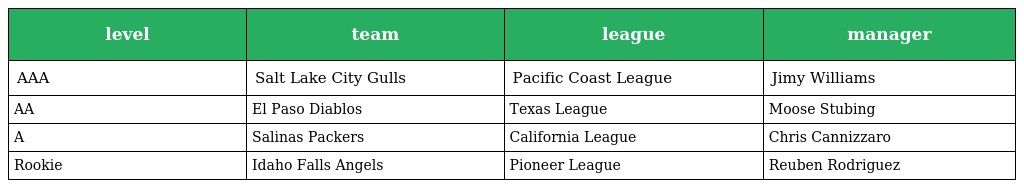
| level | team | league | manager |
 | --- | --- | --- | --- |
 | AAA | Salt Lake City Gulls | Pacific Coast League | Jimy Williams |
 | AA | El Paso Diablos | Texas League | Moose Stubing |
 | A | Salinas Packers | California League | Chris Cannizzaro |
 | Rookie | Idaho Falls Angels | Pioneer League | Reuben Rodriguez |